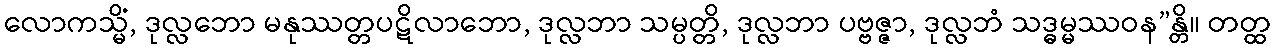
လောကသ္မိံ, ဒုလ္လဘော မနုဿတ္တပဋိလာဘော, ဒုလ္လဘာ သမ္ပတ္တိ, ဒုလ္လဘာ ပဗ္ဗဇ္ဇာ, ဒုလ္လဘံ သဒ္ဓမ္မဿဝန”န္တိ။ တတ္ထ